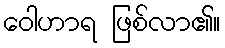
ဝေါဟာရ ဖြစ်လာ၏။